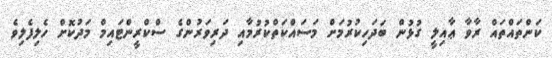
ކަންތައްތައް ރާވާ ޢާއިލީ ގުޅުން ބަދަހިކުރުމަށް މަސައްކަތްކުރުމާއި ދަރިވަރުންގެ ސްކްރީންޓައިމް މަދުކޮށް ހެލިފެލިވެ